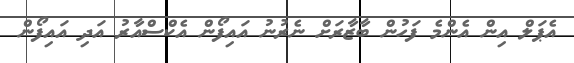
އެޕަލް އިން އެންމެ ފަހުން ބާޒާރަށް ނެރުނު އައިފޯން އެކްސްއާރު އަދި އައިފޯން